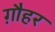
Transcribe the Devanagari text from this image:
ग़ौहर